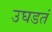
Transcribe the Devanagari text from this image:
उघडतं